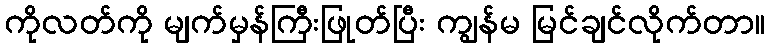
ကိုလတ်ကို မျက်မှန်ကြီးဖြုတ်ပြီး ကျွန်မ မြင်ချင်လိုက်တာ။